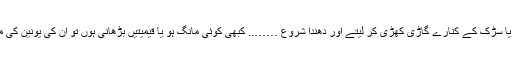
ٹھیلہ لگاتے یا سڑک کے کنارے گاڑی کھڑی کر لیتے اور دھندا شروع …….. کبھی کوئی مانگ ہو یا قیمیتیں بڑھانی ہوں تو ان کی یونین کی میٹنگ ہوتی ۔